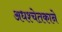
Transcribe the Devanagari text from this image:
अधश्चेतकाने